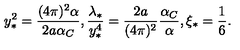
y _ { \ast } ^ { 2 } = { \frac { ( 4 \pi ) ^ { 2 } \alpha } { 2 a \alpha _ { C } } } , { \frac { \lambda _ { \ast } } { y _ { \ast } ^ { 4 } } } = { \frac { 2 a } { ( 4 \pi ) ^ { 2 } } } { \frac { \alpha _ { C } } { \alpha } } , \xi _ { \ast } = { \frac { 1 } { 6 } } .